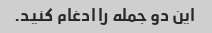
این دو جمله را ادغام کنید.